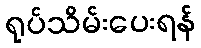
ရုပ်သိမ်းပေးရန်